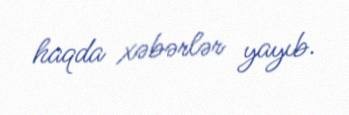
haqda xəbərlər yayıb.